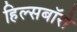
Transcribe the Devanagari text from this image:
हिल्सबॉरो